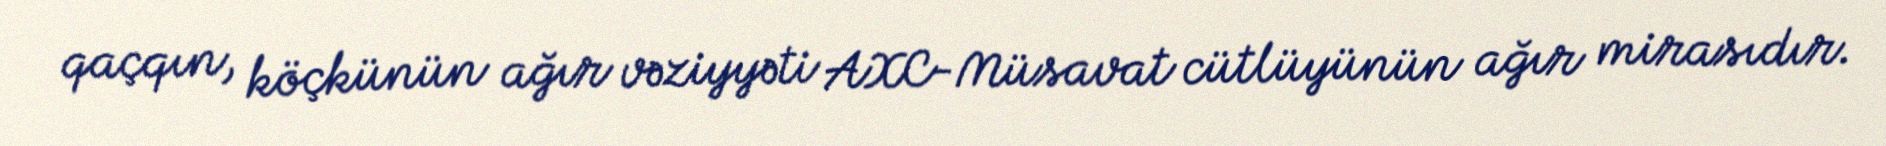
qaçqın, köçkünün ağır vəziyyəti AXC-Müsavat cütlüyünün ağır mirasıdır.